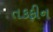
તકફીન